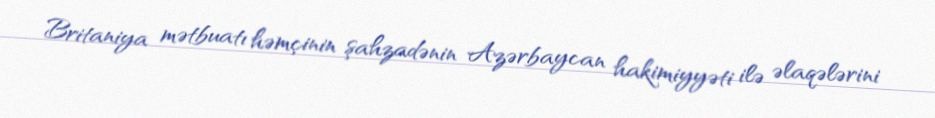
Britaniya mətbuatı həmçinin şahzadənin Azərbaycan hakimiyyəti ilə əlaqələrini